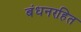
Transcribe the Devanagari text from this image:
बंधनरहित